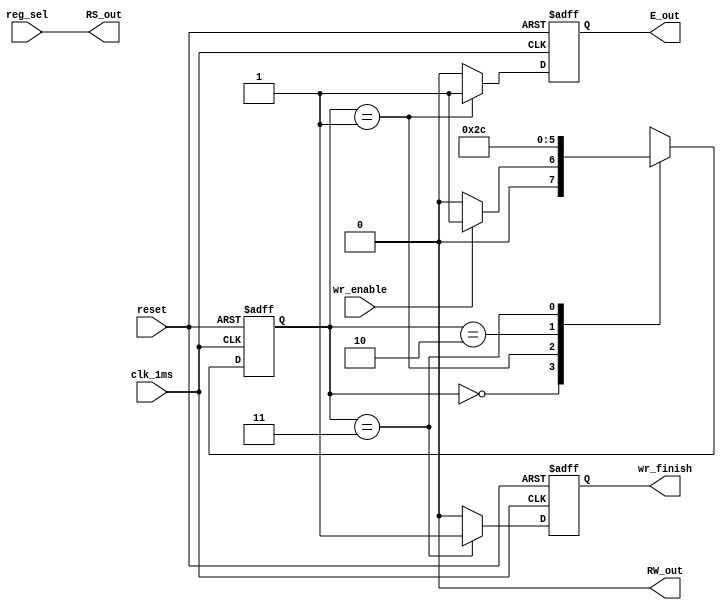
`timescale 1ns / 1ps

module write_cycle(
    input wr_enable,
    input reg_sel,
    input reset,
    input clk_1ms,
    output reg wr_finish,
    output reg E_out,
    output RW_out,
    output RS_out
    );

reg [1:0] st, ust;
localparam idle=2'b00, init=2'b01, Eout=2'b10, endwr=2'b11;

always@(posedge clk_1ms, posedge reset)
	if(reset)
		st<=idle;
	else
		st<=ust;

always@(posedge clk_1ms, posedge reset)
	if(reset)
		wr_finish <= 0;
	else case(st)
		endwr: wr_finish <= 1;
		default: wr_finish <= 0;
	endcase

always@(posedge clk_1ms, posedge reset)
	if(reset)
		E_out <= 0;
	else case(st)
		init: E_out <= 1;
		endwr: E_out <= 0;
		default: E_out <= 0;
	endcase

always @*
begin
	case (st)
		idle: ust = wr_enable ? init : idle;
		init: ust = Eout;
		Eout: ust  = endwr;
		endwr: ust = idle;
	endcase
end

assign RS_out = reg_sel;
assign RW_out = 0;

endmodule